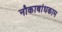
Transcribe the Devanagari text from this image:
नौकाबांधकाम